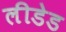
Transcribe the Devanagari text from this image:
लीडेड